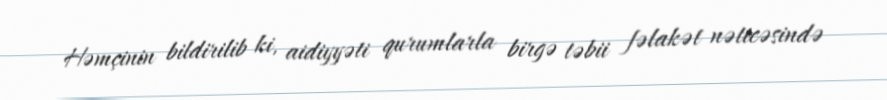
Həmçinin bildirilib ki, aidiyyəti qurumlarla birgə təbii fəlakət nəticəsində